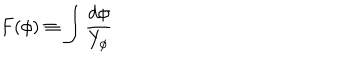
LaTeX: F ( \phi ) \equiv \int { \frac { d \phi } { Y _ { \phi } } }